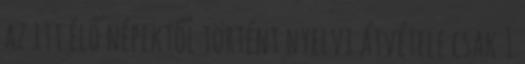
az itt élő népektől történt nyelvi átvétele csak 1